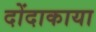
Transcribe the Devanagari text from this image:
दोंदाकाया